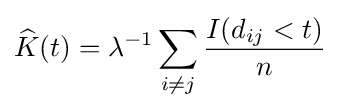
{\widehat {K}}(t)=\lambda ^{-1}\sum _{i\neq j}{\frac {I(d_{ij}<t)}{n}}